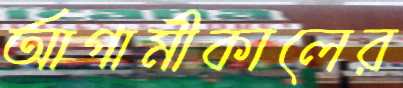
আগামীকালের